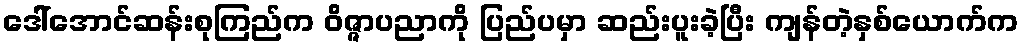
ဒေါ်အောင်ဆန်းစုကြည်က ဝိဇ္ဇာပညာကို ပြည်ပမှာ ဆည်းပူးခဲ့ပြီး ကျန်တဲ့နှစ်ယောက်က